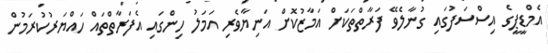
އެމްޑީޕީގެ އިސްސަފުގައި ގުނާލެވޭ ފަރާތްތަކަށް އަމާޒުކޮށް އަނިޔާވެރި އަމަލު ހިންގައި އެފަރާތްތައް ހައްޔަރުކުރަމުން